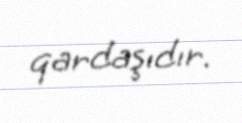
qardaşıdır.